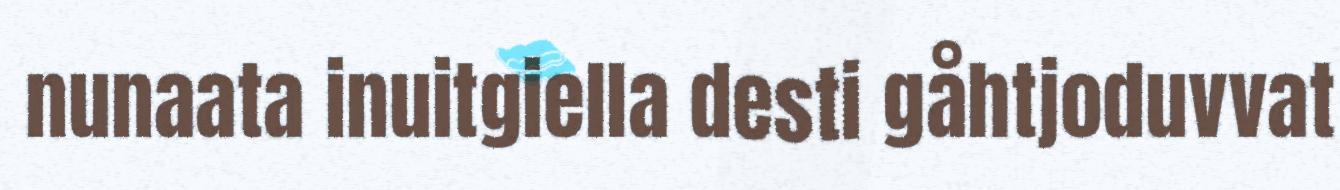
nunaata inuitgiella desti gåhtjoduvvat